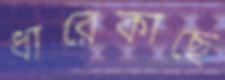
ধারেকাছে